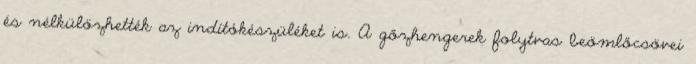
és nélkülözhették az indítókészüléket is. A gőzhengerek folytvas beömlőcsövei